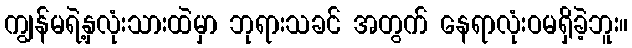
ကျွန်မရဲ့နှလုံးသားထဲမှာ ဘုရားသခင် အတွက် နေရာလုံးဝမရှိခဲ့ဘူး။